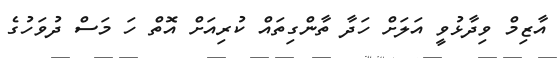
އާޒިމް ވިދާޅުވީ އަލަށް ހަދާ ތާންގިތައް ކުރިއަށް އޮތް ހަ މަސް ދުވަހުގެ